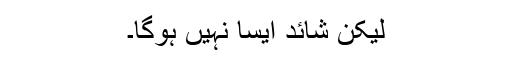
لیکن شائد ایسا نہیں ہوگا۔